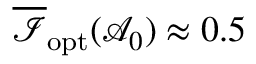
\overline { { \mathcal { I } } } _ { \mathrm { o p t } } ( \mathcal { A } _ { 0 } ) \approx 0 . 5 \